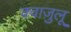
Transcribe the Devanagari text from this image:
क्वाज़ुलू